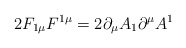
\begin{align*}2F_{1\mu}F^{1\mu}=2\partial_{\mu}A_1\partial^{\mu}A^1\end{align*}